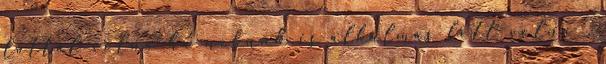
láttál volna ha nekünk is alkalmas lett volna ,